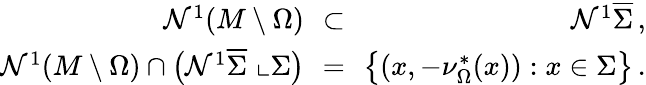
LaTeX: \begin{array}{rlr}{\mathcal{N}^{1}(M\setminus\Omega)\! \! }&{\subset}&{\! \! \mathcal{N}^{1}\overline{\Sigma}\, ,}\\ {\mathcal{N}^{1}(M\setminus\Omega)\cap\big(\mathcal{N}^{1}\overline{\Sigma}\, \, \llcorner\Sigma\big)\! \! }&{=}&{\! \! \big\{ (x,-\nu_{\Omega}^{*}(x)):x\in\Sigma\big\} \, .}\end{array}